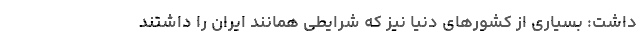
داشت: بسیاری از کشورهای دنیا نیز که شرایطی همانند ایران را داشتند